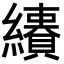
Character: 𦇅